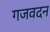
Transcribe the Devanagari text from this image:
गजवदन